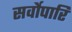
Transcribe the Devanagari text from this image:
सर्वोपारि